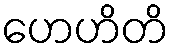
ဟေဟိတိ